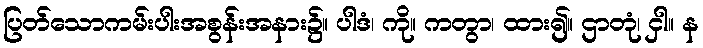
ပြတ်သောကမ်းပါးအစွန်းအနား၌။ ပါဒံ၊ ကို။ ကတွာ၊ ထား၍။ ဌာတုံ၊ ငှါ။ န